Alma_Vaarman, lk 40
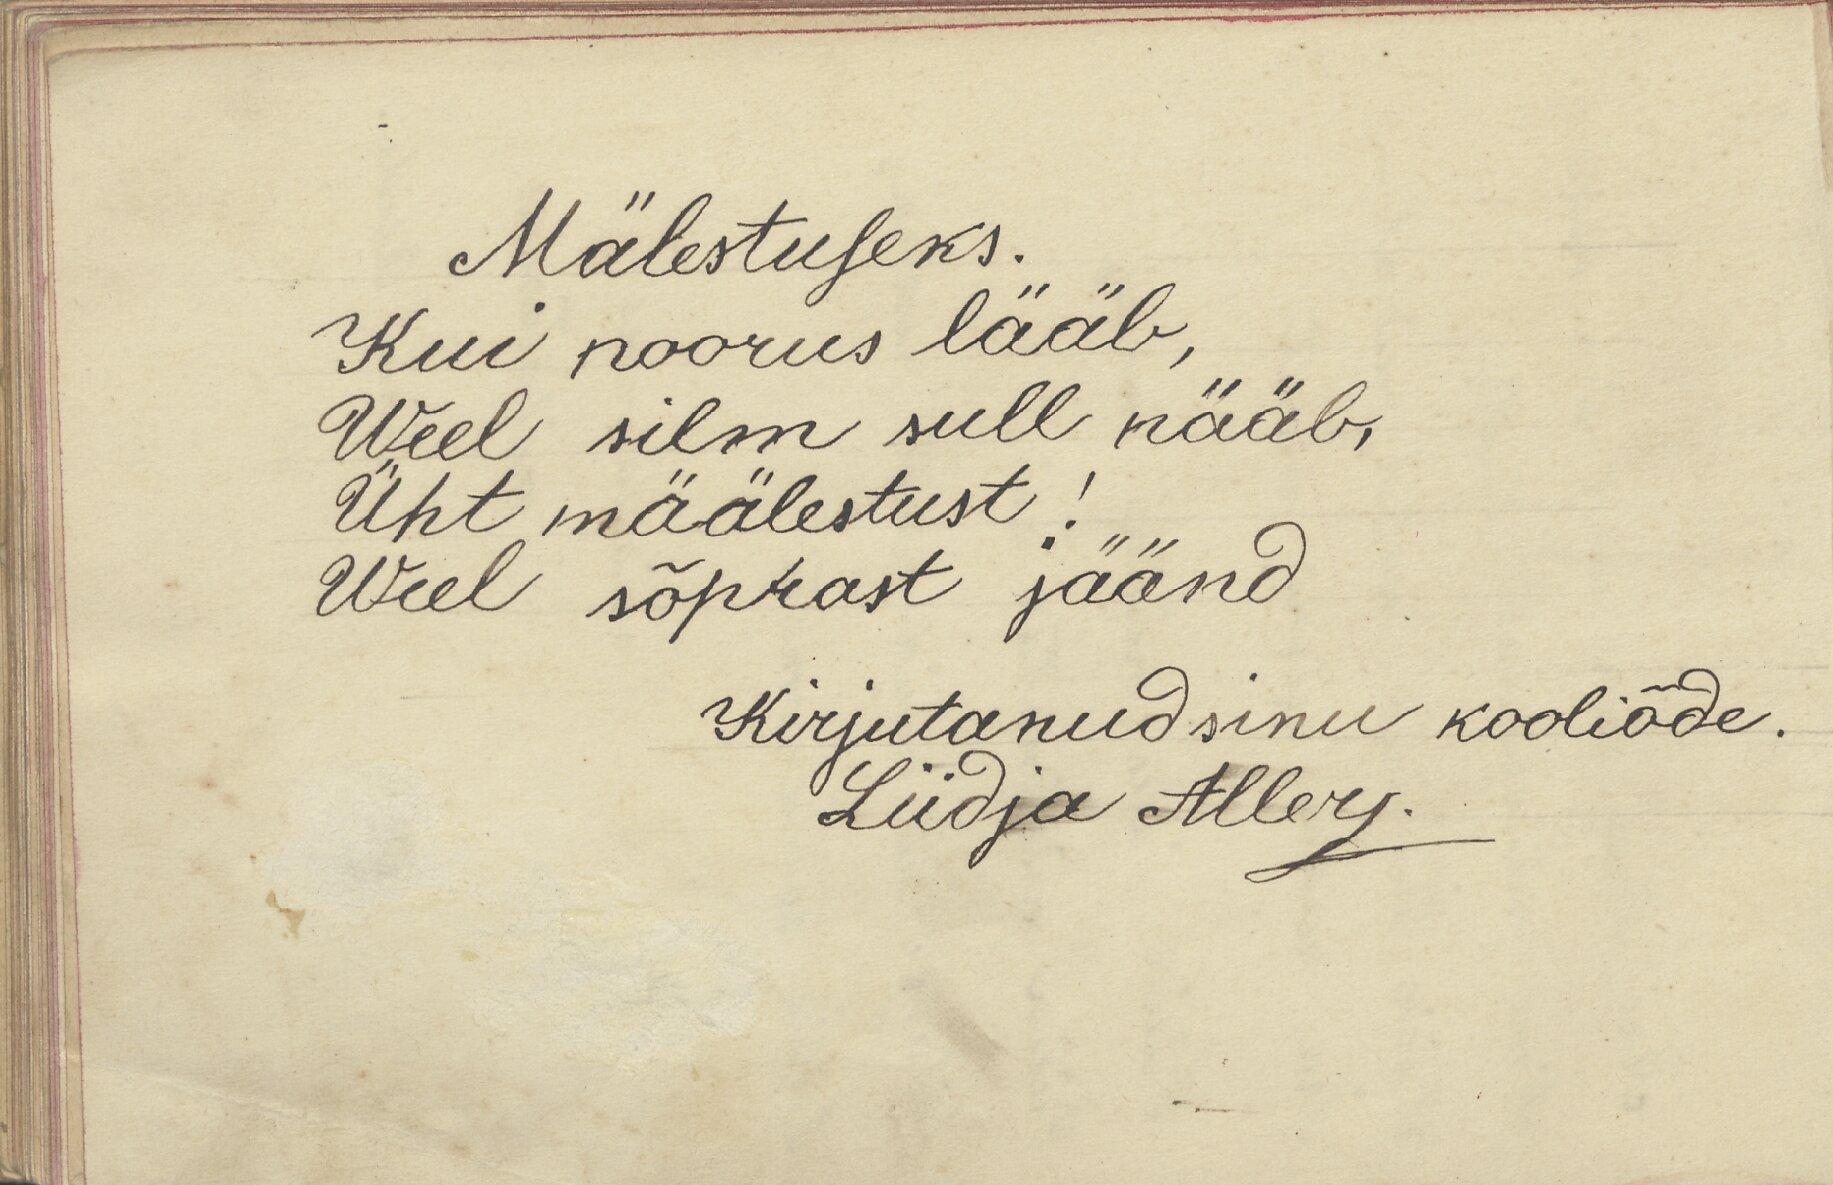
Mälestuseks.
Kui noorus lääb,
Weel silm sull nääb,
Üht määlestust!
Weel sõprast jäänd
Kirjutanud sinu kooliõde.
Liidja Allers.